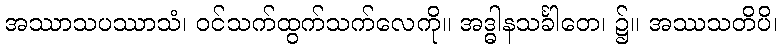
အဿာသပဿာသံ၊ ဝင်သက်ထွက်သက်လေကို။ အဒ္ဓါနသင်္ခါတေ၊ ၌။ အဿသတိပိ၊